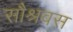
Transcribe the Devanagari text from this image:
सौश्रवस